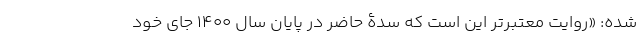
شده: «روایت معتبرتر این است که سدۀ حاضر در پایان سال 1400 جای خود